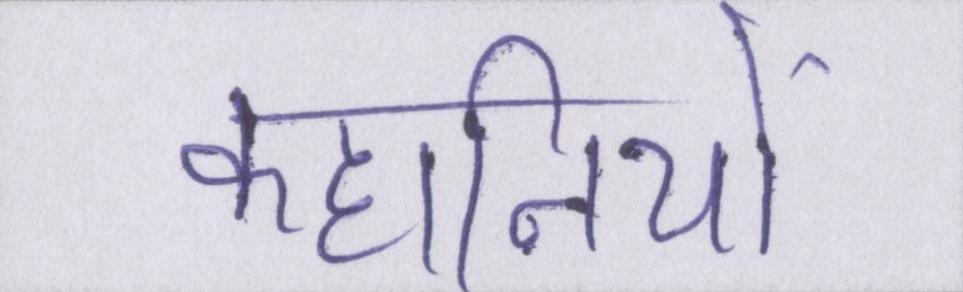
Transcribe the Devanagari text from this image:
कहानियों